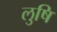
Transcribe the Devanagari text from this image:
लुषि